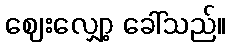
ဈေးလျှော့ ခေါ်သည်။